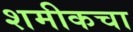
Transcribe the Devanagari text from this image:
शमीकचा